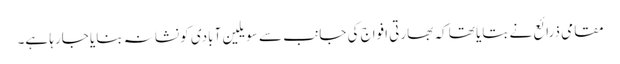
مقامی ذرائع نے بتایا تھا کہ بھارتی افواج کی جانب سے سویلین آبادی کو نشانہ بنایا جارہا ہے۔